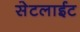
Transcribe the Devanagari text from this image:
सेटलाईट